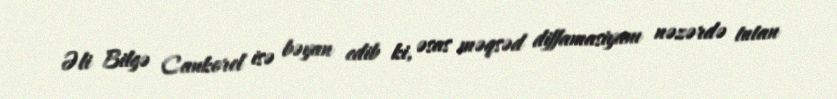
Əli Bilgə Cankorel isə bəyan edib ki, əsas məqsəd diffamasiyanı nəzərdə tutan